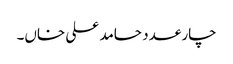
چار عدد حامد علی خاں۔